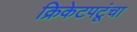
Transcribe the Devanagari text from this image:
क्रिकेटपटूंचा